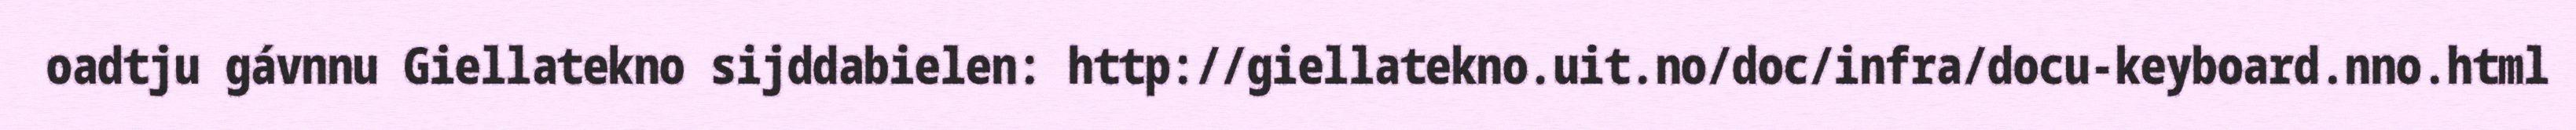
oadtju gávnnu Giellatekno sijddabielen: http://giellatekno.uit.no/doc/infra/docu-keyboard.nno.html